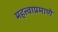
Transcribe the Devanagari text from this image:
महत्त्वाप्रमाणे